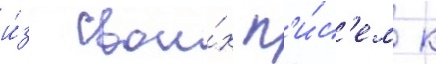
и́з свои́х п'и́с'ем к